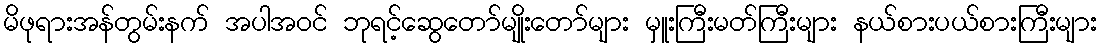
မိဖုရားအန်တွမ်းနက် အပါအဝင် ဘုရင့်ဆွေတော်မျိုးတော်များ မှူးကြီးမတ်ကြီးများ နယ်စားပယ်စားကြီးများ